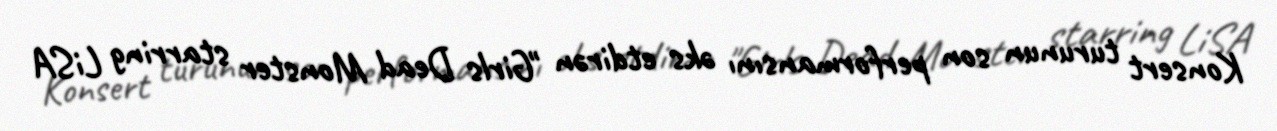
Konsert turunun son performansını əks etdirən "Girls Dead Monster starring LiSA